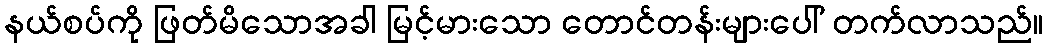
နယ်စပ်ကို ဖြတ်မိသောအခါ မြင့်မားသော တောင်တန်းများပေါ် တက်လာသည်။